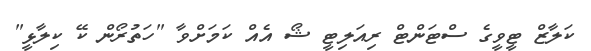
ކަލާޒް ޓީވީގެ ސްޓަންޓް ރިއަލިޓީ ޝޯ އެއް ކަމަށްވާ "ހަތުރޯން ކޭ ކިލާޅީ"